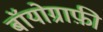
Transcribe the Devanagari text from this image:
बॉयोग्राफ़ी